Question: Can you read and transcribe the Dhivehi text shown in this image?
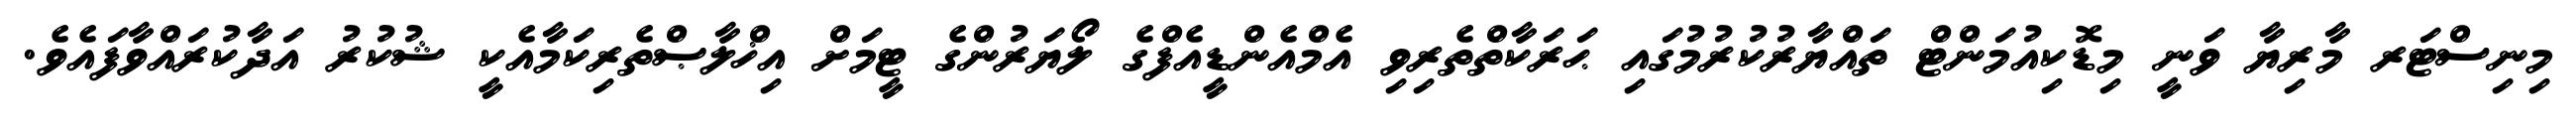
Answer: މިނިސްޓަރ މާރިޔާ ވަނީ މިޑޮކިއުމަންޓް ތައްޔާރުކުރުމުގައި ޙަރަކާތްތެރިވި އެމްއެންޑީއެފްގެ ލޯޔަރުންގެ ޓީމަށް އިޚްލާޞްތެރިކަމާއެކީ ޝުކުރު އަދާކުރައްވާފައެވެ.